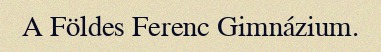
A Földes Ferenc Gimnázium.